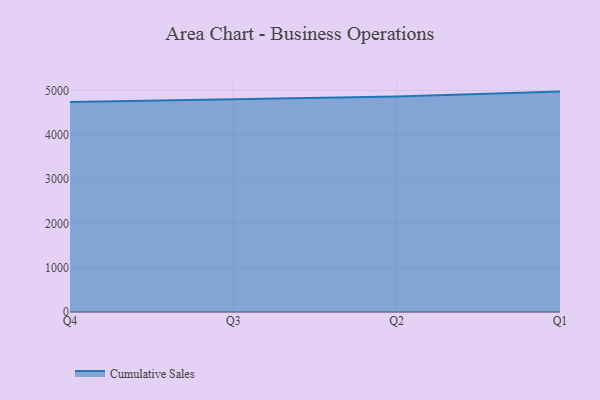
{"axis": {"x": "Quarter", "y": "Net Income (USD K)"}, "legend": ["Cumulative Sales"], "data": [{"x": "Q4", "y": 4736.8, "type": "Cumulative Sales"}, {"x": "Q3", "y": 4793.3, "type": "Cumulative Sales"}, {"x": "Q2", "y": 4857.5, "type": "Cumulative Sales"}, {"x": "Q1", "y": 4970.8, "type": "Cumulative Sales"}]}